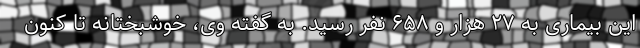
این بیماری به ۲۷ هزار و ۶۵۸ نفر رسید. به گفته وی، خوشبختانه تا کنون